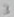
Text: 3